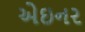
એઇનર